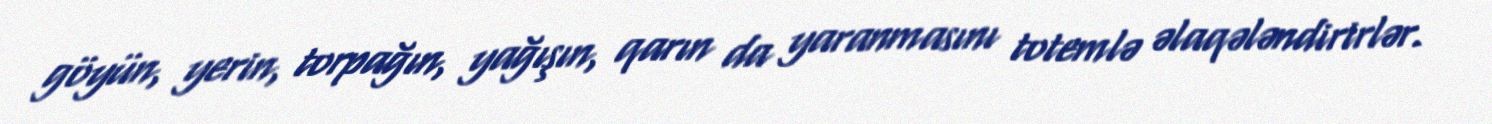
göyün, yerin, torpağın, yağışın, qarın da yaranmasını totemlə əlaqələndirirlər.